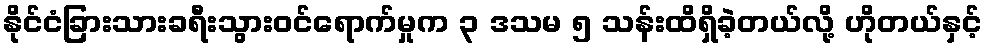
နိုင်ငံခြားသားခရီးသွားဝင်ရောက်မှုက ၃ ဒသမ ၅ သန်းထိရှိခဲ့တယ်လို့ ဟိုတယ်နှင့်